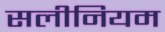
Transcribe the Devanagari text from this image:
सलीनियम